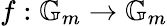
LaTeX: f:\mathbb{G}_{m}\to\mathbb{G}_{m}